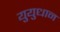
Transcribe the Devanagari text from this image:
युयुधान